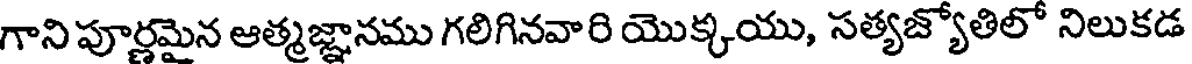
గానిపూర్ణమైన ఆత్మజ్ఞానము గలిగినవారి యొక్కయు, సత్యజ్యోతిలో నిలుకడ